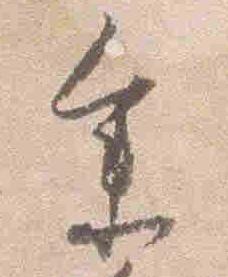
参